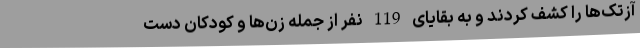
آزتک‌ها را کشف کردند و به بقایای 119 نفر از جمله زن‌ها و کودکان دست